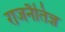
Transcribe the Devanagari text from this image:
राजनैतिज्ञ